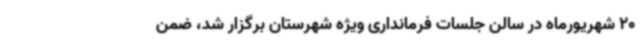
20 شهریورماه در سالن جلسات فرمانداری ویژه شهرستان برگزار شد، ضمن